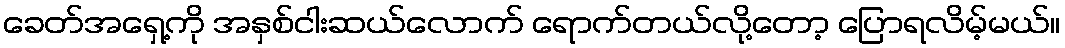
ခေတ်အရှေ့ကို အနှစ်ငါးဆယ်လောက် ရောက်တယ်လို့တော့ ပြောရလိမ့်မယ်။